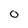
Character: 0